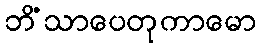
ဘိံသာပေတုကာမော